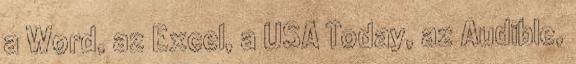
a Word, az Excel, a USA Today, az Audible,